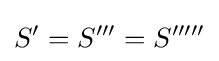
S'=S'''=S'''''